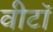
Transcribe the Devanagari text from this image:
वीटॉ